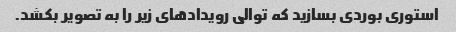
استوری بوردی بسازید که توالی رویدادهای زیر را به تصویر بکشد.